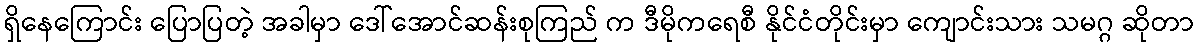
ရှိနေကြောင်း ပြောပြတဲ့ အခါမှာ ဒေါ်အောင်ဆန်းစုကြည် က ဒီမိုကရေစီ နိုင်ငံတိုင်းမှာ ကျောင်းသား သမဂ္ဂ ဆိုတာ